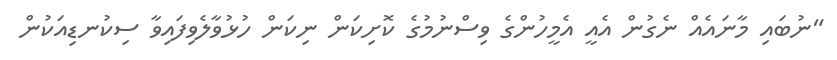
"ނުބައި މާނައެއް ނެގުން އެއީ އެމީހުންގެ ވިސްނުމުގެ ކޮށިކަން ނިކަން ހުޅުވާލެވިފައިވާ ސިކުނޑިއަކުން